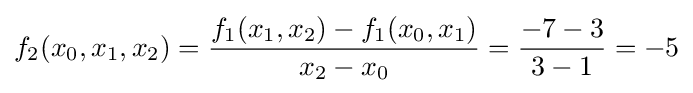
f_{2}(x_{0},x_{1},x_{2})={\frac {f_{1}(x_{1},x_{2})-f_{1}(x_{0},x_{1})}{x_{2}-x_{0}}}={\frac {-7-3}{3-1}}=-5